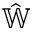
\hat { \mathbb W }